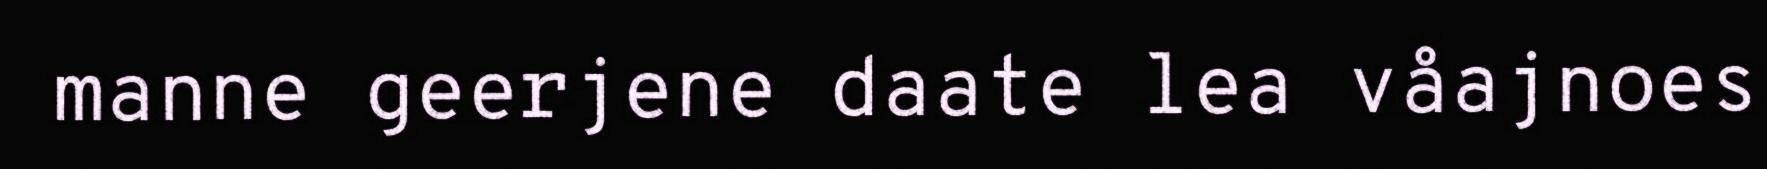
manne geerjene daate lea våajnoes